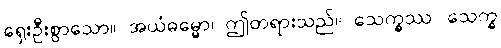
ရှေးဦးစွာသော။ အယံဓမ္မော၊ ဤတရားသည်။ သေက္ခဿ၊ သေက္ခ